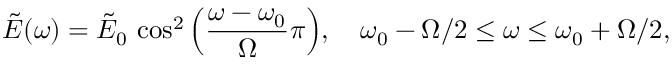
\tilde { E } ( \omega ) = \tilde { E } _ { 0 } \, \cos ^ { 2 } { \left( \frac { \omega - \omega _ { 0 } } { \Omega } { \pi } \right) } , \quad \omega _ { 0 } - \Omega / 2 \leq \omega \leq \omega _ { 0 } + \Omega / 2 ,